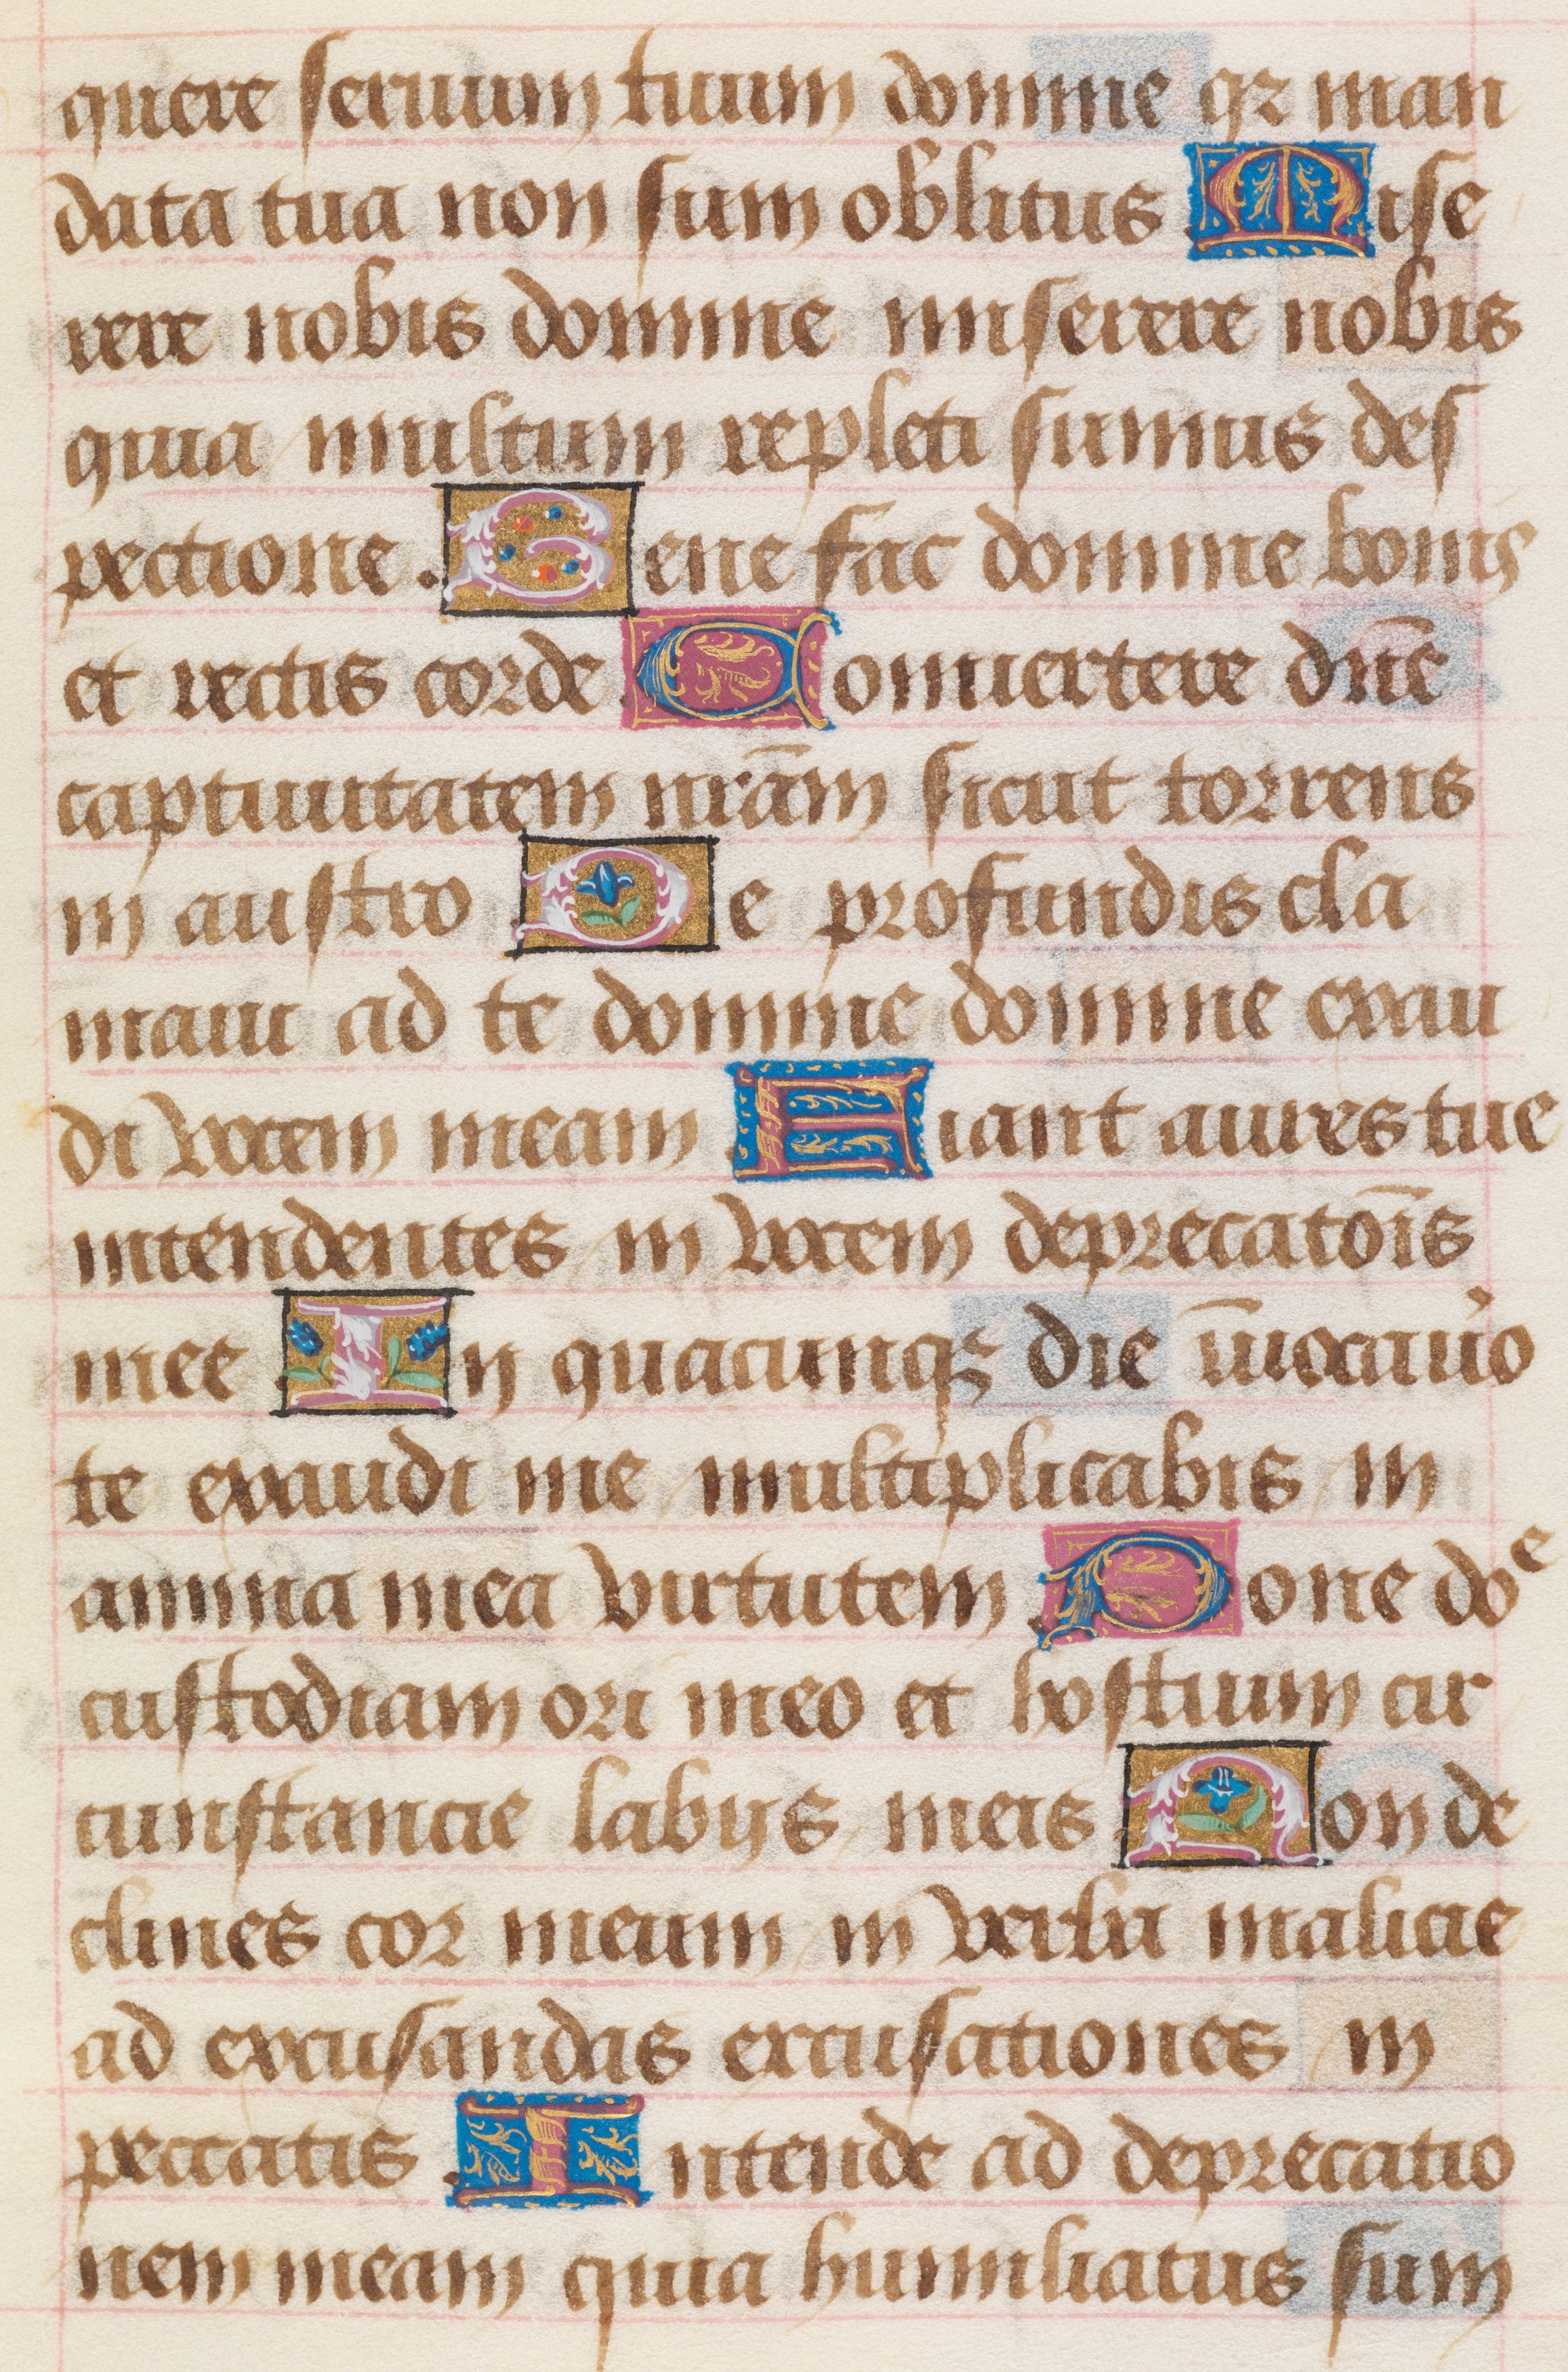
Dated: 1480–1490